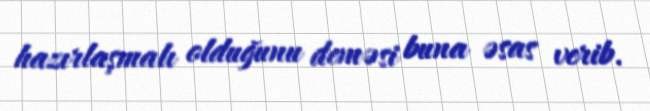
hazırlaşmalı olduğunu deməsi buna əsas verib.